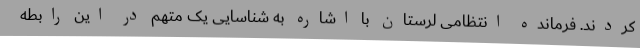
کردند. فرمانده انتظامی لرستان با اشاره به شناسایی یک متهم در این رابطه